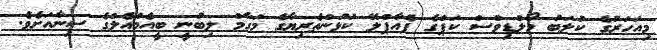
މިއަހަރުގެ ކުލަބު މޯލްޑިވްސް ކަޕްގެ ފެއާޕްލޭ ކުޅުންތެރިޔާގެ މަގާމް ލިބުނީ ބީއެމްއެލްގެ ސިނާއަށެވެ.